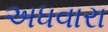
અધવારા